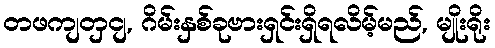
တဖကျတှငျ, ဂိမ်းနှစ်ခုဗားရှင်းရှိရလိမ့်မည်, မျိုးရိုး